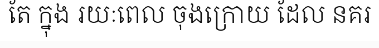
តែ ក្នុង រយៈពេល ចុងក្រោយ ដែល នគរ